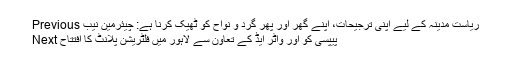
Previous ریاست مدینہ کے لیے اپنی ترجیحات، اپنے گھر اور پھر گرد و نواح کو ٹھیک کرنا ہے: چیئرمین نیب
Next پیپسی کو اور واٹر ایڈ کے تعاون سے لاہور میں فلٹریشن پلانٹ کا افتتاح